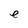
Character: e